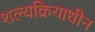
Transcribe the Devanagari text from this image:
शल्यक्रियाधीन